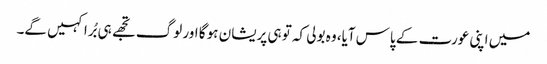
میں اپنی عورت کے پاس آیا، وہ بولی کہ تو ہی پریشان ہو گا اور لوگ تجھے ہی بُرا کہیں گے۔